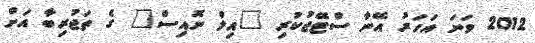
2012 ވަނަ އަހަރު އޭނާ ސްޓޭޖުކުރި "އިލް ނޮއިސް" ގެ ތަޖުރިބާ އަށް